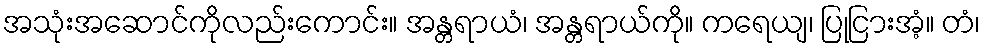
အသုံးအဆောင်ကိုလည်းကောင်း။ အန္တရာယံ၊ အန္တရာယ်ကို။ ကရေယျ၊ ပြုငြားအံ့။ တံ၊